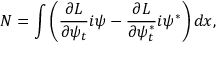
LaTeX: N = \int \left( \frac { \partial { \cal L } } { \partial \psi _ { t } } i \psi - \frac { \partial { \cal L } } { \partial \psi _ { t } ^ { * } } i \psi ^ { * } \right) d x ,